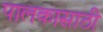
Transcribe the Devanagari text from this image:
पालकासाठी